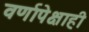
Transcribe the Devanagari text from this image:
वर्णापेक्षाही